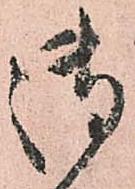
御